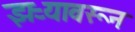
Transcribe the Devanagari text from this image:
झऱ्यावरून